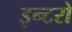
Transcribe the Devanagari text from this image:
इन्टरो